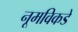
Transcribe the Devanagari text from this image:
नूमविकडे